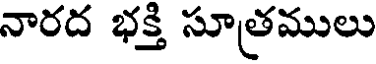
నారద భక్తి సూత్రములు